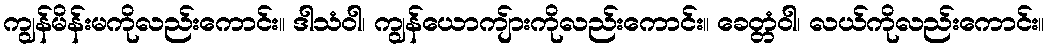
ကျွန်မိန်းမကိုလည်းကောင်း။ ဒါသံဝါ၊ ကျွန်ယောကျ်ားကိုလည်းကောင်း။ ခေတ္တံဝါ၊ လယ်ကိုလည်းကောင်း။